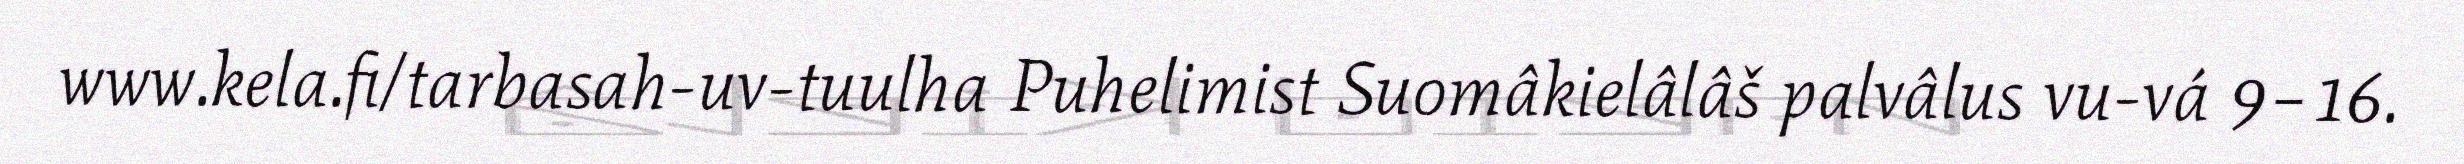
www.kela.fi/tarbasah-uv-tuulha Puhelimist Suomâkielâlâš palvâlus vu-vá 9–16.